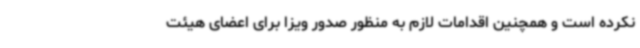
نکرده است و همچنین اقدامات لازم به منظور صدور ویزا برای اعضای هیئت